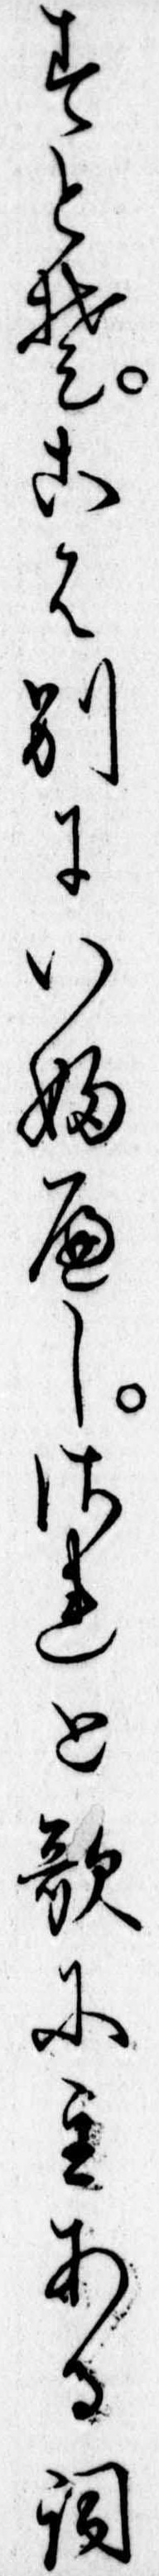
すとそこは別にいふへしされと歌に主ある詞